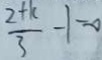
\frac { 2 + k } { 3 } - 1 = 0